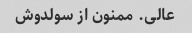
عالی. ممنون از سولدوش